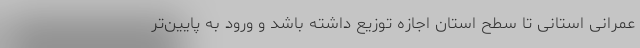
عمرانی استانی تا سطح استان اجازه توزیع داشته باشد و ورود به پایین‌تر